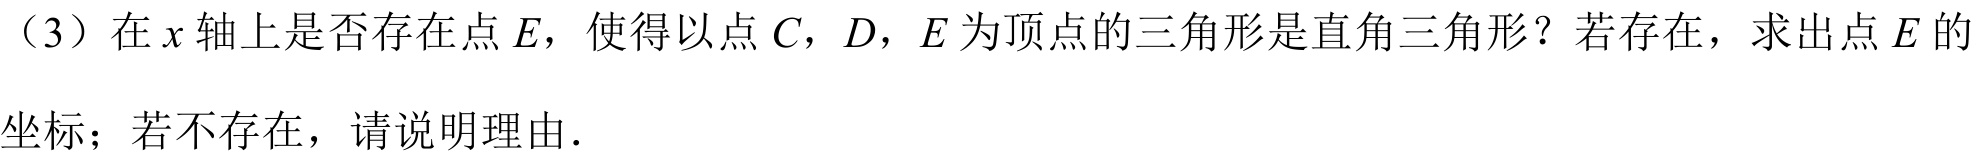
（3）在\(x\)轴上是否存在点\(E\)，使得以点\(C\)，\(D\)，\(E\)为顶点的三角形是直角三角形？若存在，求出点\(E\)的坐标；若不存在，请说明理由.